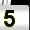
Digit: 5